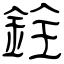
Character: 銓